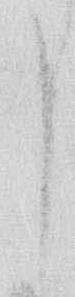
申